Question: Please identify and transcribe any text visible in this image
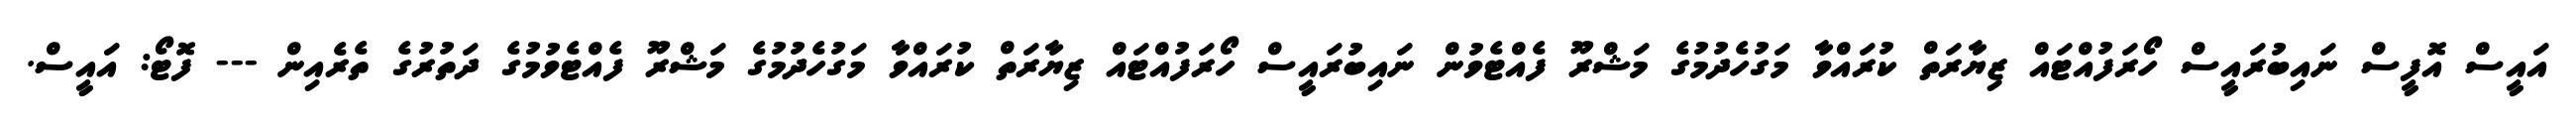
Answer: އައީސް އޮފީސް ނައިބުރައީސް ހޯރަފުއްޓައް ޒިޔާރަތް ކުރައްވާ މަގުހެދުމުގެ މަޝްރޫ ފެއްޓެވުން ނައިބުރައީސް ހޯރަފުއްޓައް ޒިޔާރަތް ކުރައްވާ މަގުހެދުމުގެ މަޝްރޫ ފެއްޓެވުމުގެ ދަތުރުގެ ތެރެއިން --- ފޮޓޯ: އައީސް.